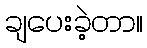
ချပေးခဲ့တာ။